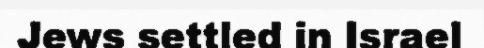
Jews settled in Israel